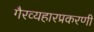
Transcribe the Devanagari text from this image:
गैरव्यहारप्रकरणी